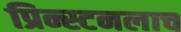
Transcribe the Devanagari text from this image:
प्रिन्स्टनलाच